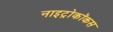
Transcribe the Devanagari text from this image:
नाइट्रोकॉकस